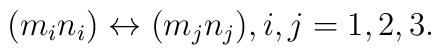
\begin{array}{lcr}(m_in_i) \leftrightarrow (m_jn_j) , i, j =1, 2, 3   .\end{array}